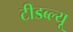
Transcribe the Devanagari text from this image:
टीडब्‍ल्‍यू